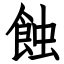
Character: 蝕